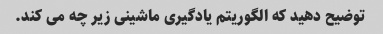
توضیح دهید که الگوریتم یادگیری ماشینی زیر چه می کند.